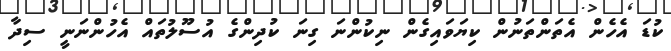
ކުޑަ އެހެން އެތަންތަނުން ކިޔަވައިގެން ނިކުންނަ ގިނަ ކުދިންގެ އުސޫލުތައް އެހުންނަނީ ސިދާ